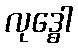
လုဒ္ဓေါ